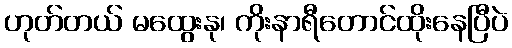
ဟုတ်တယ် မထွေးနု၊ ကိုးနာရီတောင်ထိုးနေပြီပဲ